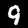
Label: 9